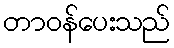
တာဝန်ပေးသည်